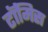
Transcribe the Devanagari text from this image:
टॉमिस